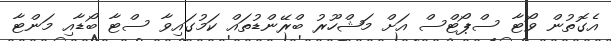
އެގޮތުން ވޯޓާ ސްޕޯޓްސް އަށް މަޝްހޫރު ބްރޭންޑުތައް ކަމުގައިވާ ސްޓާ ބޯޑާއި މަންޓާ